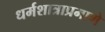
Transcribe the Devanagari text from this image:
धर्मशात्राप्रमाणे